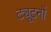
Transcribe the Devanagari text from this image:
ट्यूटनों